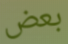
بعض